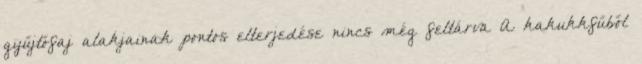
gyűjtőfaj alakjainak pontos elterjedése nincs még feltárva A kakukkfűből